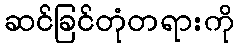
ဆင်ခြင်တုံတရားကို